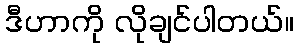
ဒီဟာကို လိုချင်ပါတယ်။